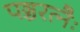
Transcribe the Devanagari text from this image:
पञ्चरत्नैः